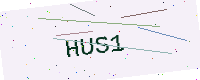
Text: HUS1